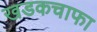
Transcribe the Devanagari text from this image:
खडकचाफा